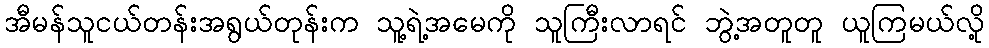
အီမန်သူငယ်တန်းအရွယ်တုန်းက သူ့ရဲ့အမေကို သူကြီးလာရင် ဘွဲ့အတူတူ ယူကြမယ်လို့